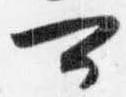
可